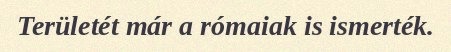
Területét már a rómaiak is ismerték.